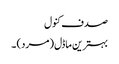
صدف کنول
بہترین ماڈل (مرد) ۔